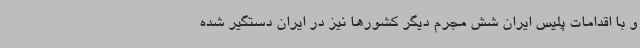
و با اقدامات پلیس ایران شش مجرم دیگر کشورها نیز در ایران دستگیر شده